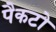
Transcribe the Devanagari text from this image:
पैकटो